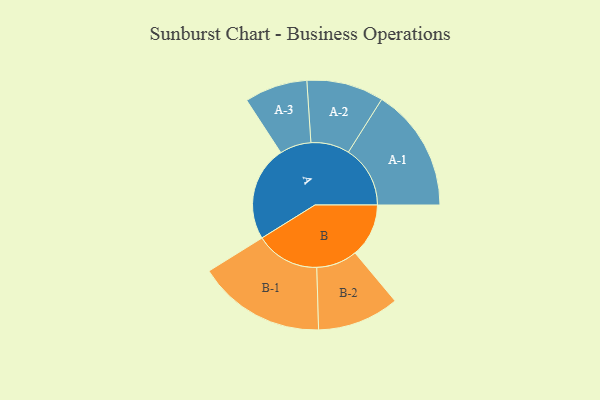
{"axis": {"x": "Segment", "y": "Value"}, "legend": ["", "A", "B"], "data": [{"x": "A", "y": 441, "type": ""}, {"x": "B", "y": 249, "type": ""}, {"x": "A-1", "y": 287, "type": "A"}, {"x": "A-2", "y": 179, "type": "A"}, {"x": "A-3", "y": 146, "type": "A"}, {"x": "B-1", "y": 297, "type": "B"}, {"x": "B-2", "y": 190, "type": "B"}]}